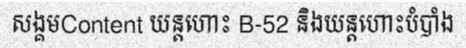
សង្គមContent យន្តហោះ B-52 និងយន្តហោះបំបាំង